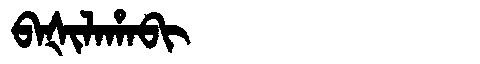
Manchu: ᠪᠠᡧᡳᠯᠠᡥᠠᠪᡳ
Romanization: BAŠILAHABI